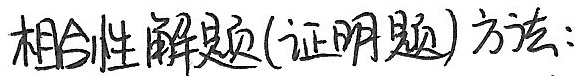
相合性解题(证明题)方法：